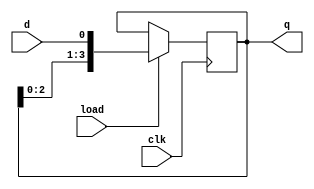
module SIPO_behave(
    input d,
    input load,
    input clk,
    output [3:0] q
    );
    reg [3:0] temp;
    always@(posedge clk)
    begin
        if (load == 0)
            temp=temp;
        else
            temp={temp[2:0],d};    
    end
    assign q=temp;
endmodule